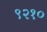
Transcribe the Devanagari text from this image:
९२१०